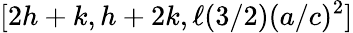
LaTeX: [2h+k,h+2k,\ell(3/2)(a/c)^{2}]